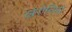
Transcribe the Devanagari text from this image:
खेरोनिमो